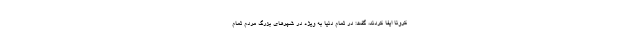
کرونا ایفا کردند، گفت: در تمام دنیا به ویژه در شهرهای بزرگ مردم تمام